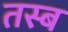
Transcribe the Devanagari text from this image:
तस्ब